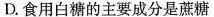
D.食用白糖的主要成分是蔗糖